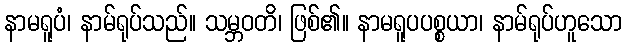
နာမရူပံ၊ နာမ်ရုပ်သည်။ သမ္ဘဝတိ၊ ဖြစ်၏။ နာမရူပပစ္စယာ၊ နာမ်ရုပ်ဟူသော